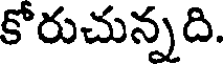
కోరుచున్నది.